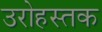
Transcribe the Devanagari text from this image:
उरोहस्तक